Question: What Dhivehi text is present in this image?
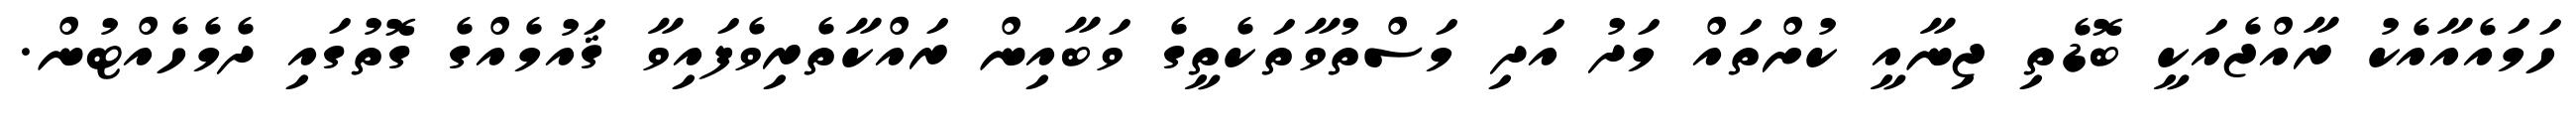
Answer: ހަމައެއާއެކު ރާއްޖެއަކީ ބޮޑެތި ޖިނާއީ ކުށްތައް މަދު އަދި މަސްތުވާތަކެތީގެ ވަބާއިން ރައްކާތެރިވެފައިވާ ޤައުމެއްގެ ގޮތުގައި ދެމެހެއްޓުން.